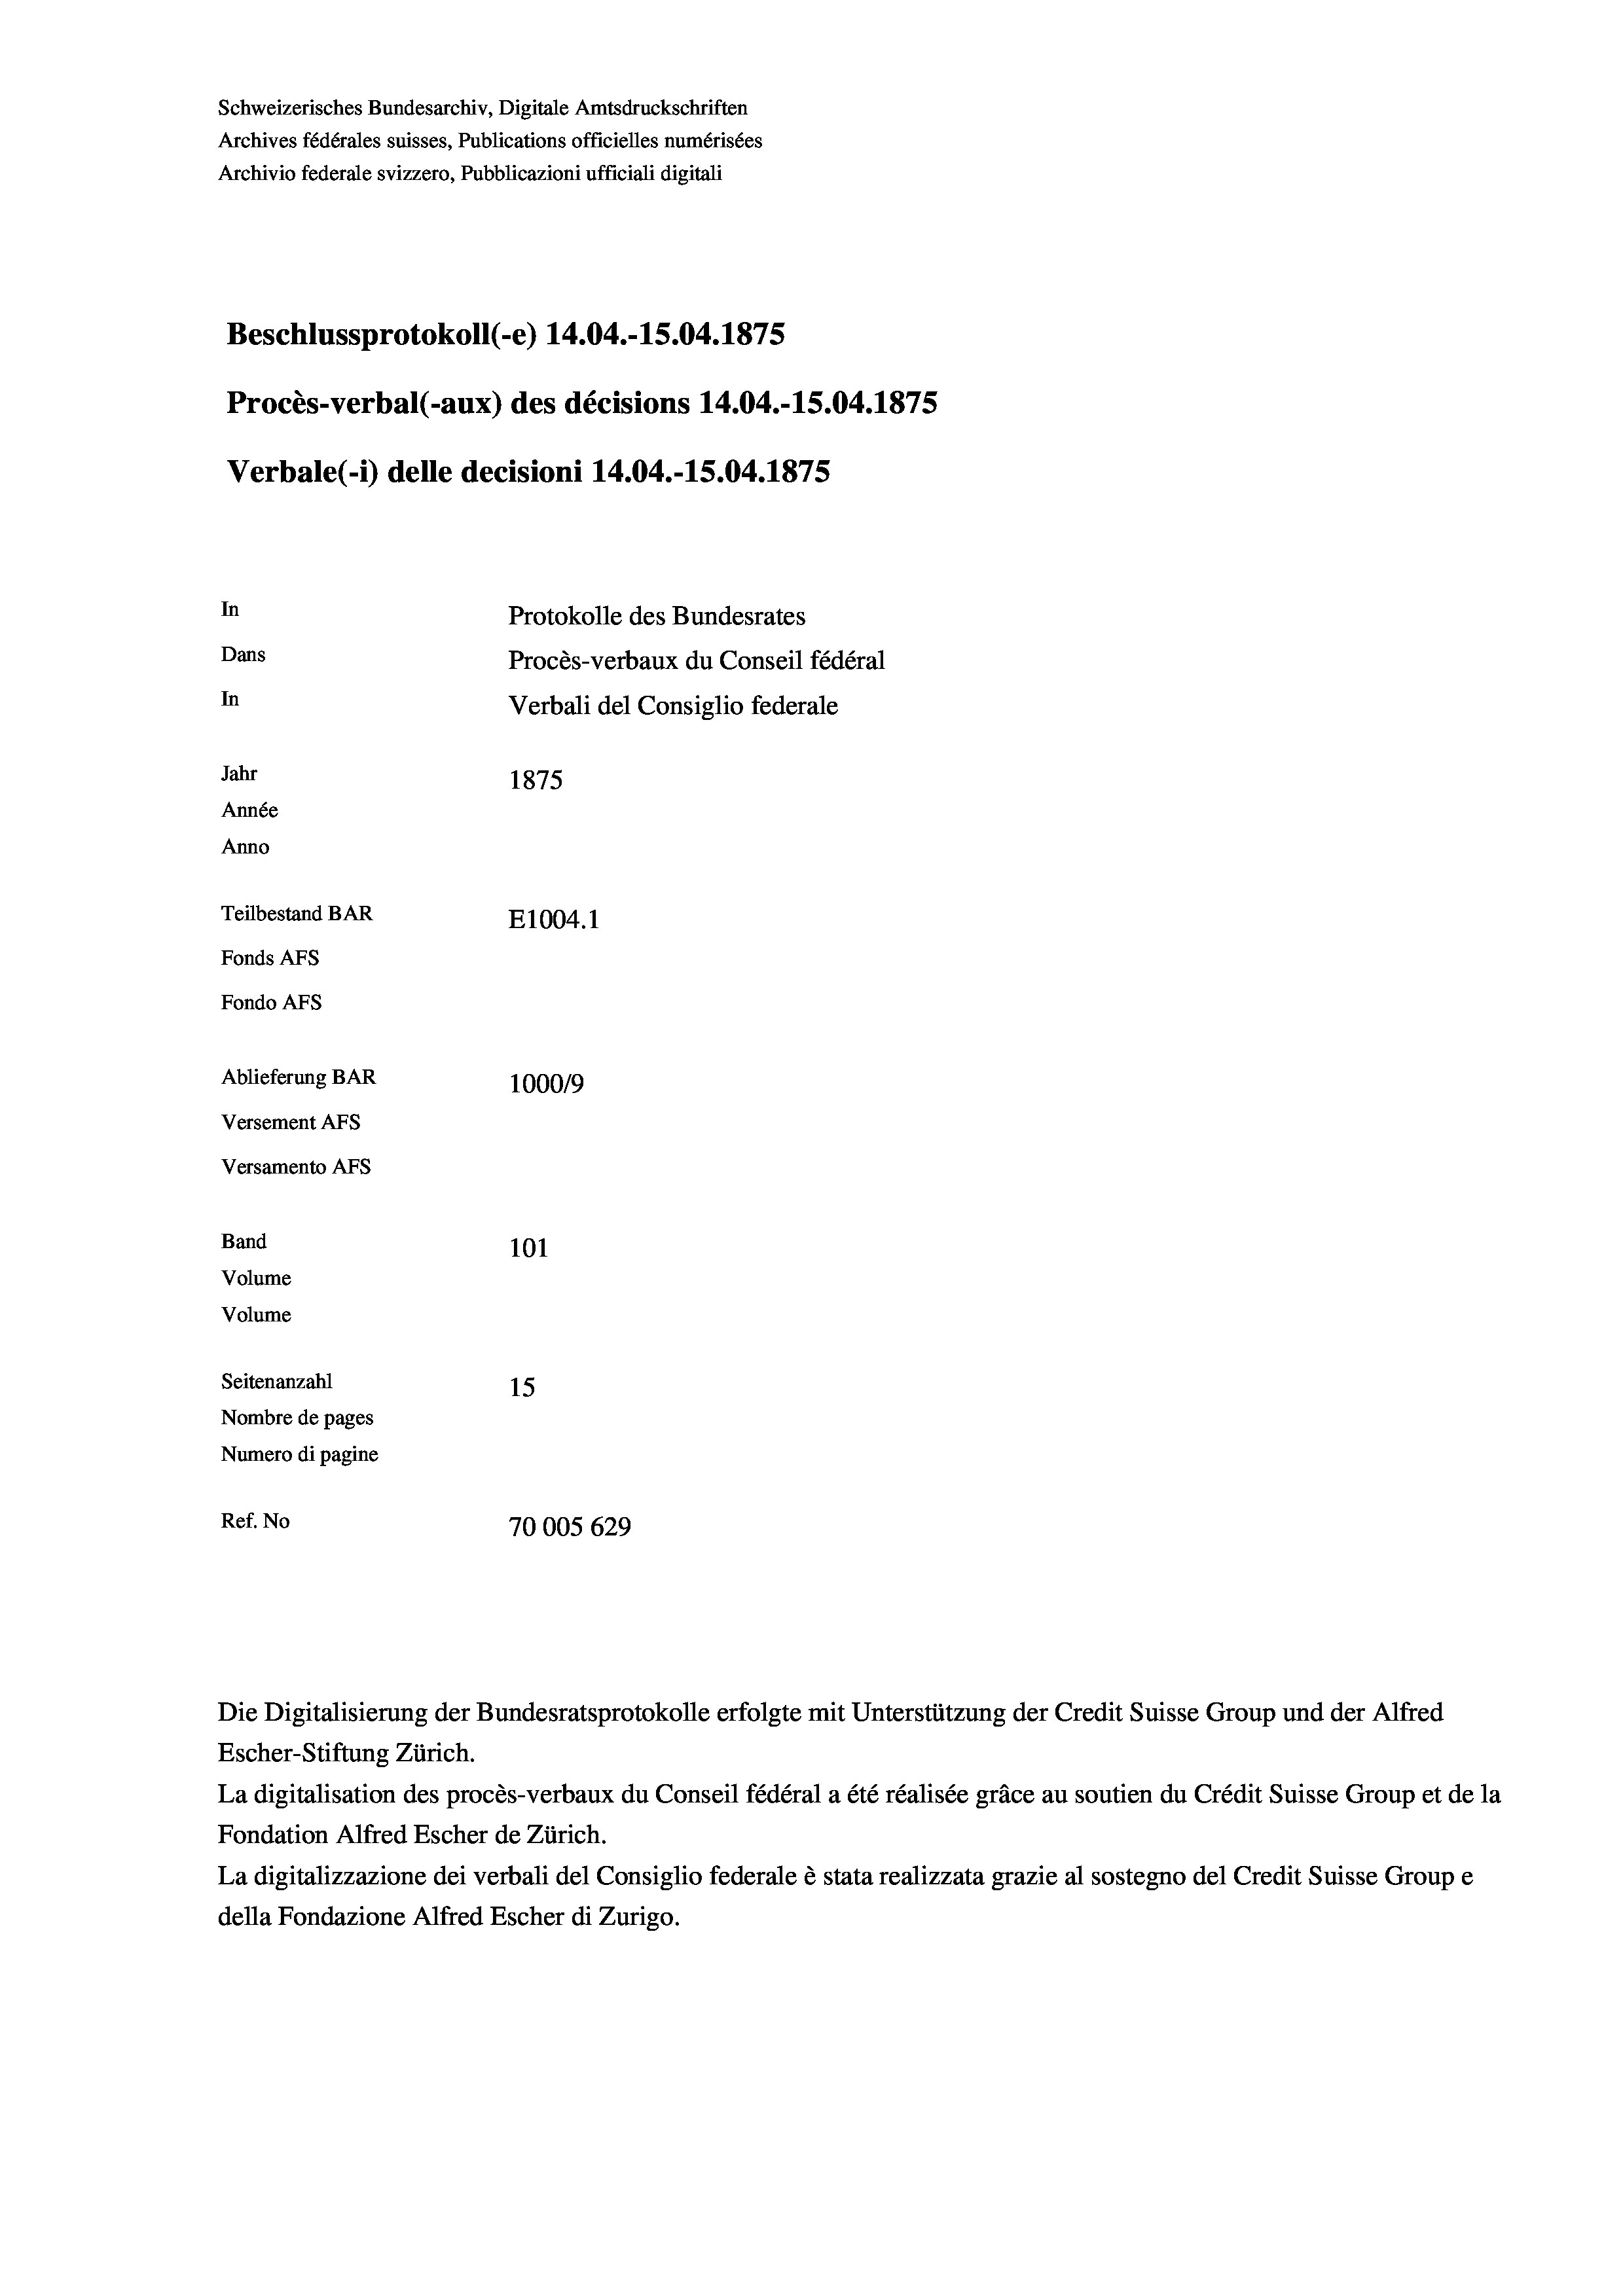
Schweizerisches Bundesarchiv, Digitale Amtsdruckschriften
Archives fédérales suisses, Publications officielles numérisées
Archivio federale svizzero, Pubblicazioni ufficiali digitali
Beschlussprotokoll (-e) 14.04.-15.04. 1875
Procès-verbal (-aux) des décisions 14.04.-15.04. 1875
Verbale (1) delle decisioni 14.04.-15.04. 1875
In
Protokolle des Bundesrates
Dans
Procès-verbaux du Conseil fédéral
In
Verbali del Consiglio federale
Jahr
1875
Année
Anno
Teilbestand BAR
E1004. 1
Fonds AFs
Fondo Afs
Ablieferung BAR
100019
Versement AFs
Versamento Afs
Band
101
Volume
Volume

Seitenanzahl
15
Nombre de pages
Numero di pagine
Ref. No
70005 629

Die Digitalisierung der Bundesratsprotokolle erfolgte mit Unterstützung der Credit Suisse Group und der Alfred
Escher-Stiftung Zürich.
La digitalisation des procès-verbaux du Conseil fédéral a été réalisée gräce au soutien du Crédit Suisse Group et de la
Fondation Alfred Escher de Zürich.
La digitalizzazione dei verbali del Consiglio federale è stata realizzata grazie al sostegno del Credit Suisse Groupe
della Fondazione Alfred Escher di Zurigo.